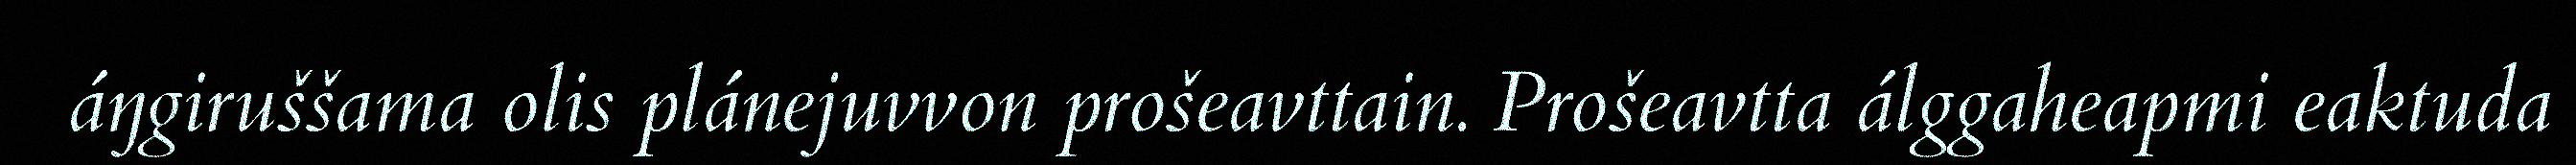
áŋgiruššama olis plánejuvvon prošeavttain. Prošeavtta álggaheapmi eaktuda